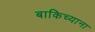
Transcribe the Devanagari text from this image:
बाकिच्याना